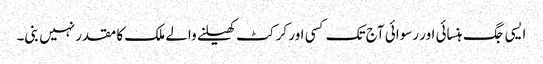
ایسی جگ ہنسائی اور رسوائی آج تک کسی اور کرکٹ کھیلنے والے ملک کا مقدر نہیں بنی۔